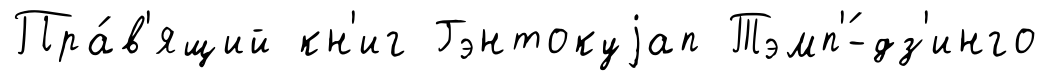
Пра́в'ящий кн'иг Гэнтокуjап Тэмп'́-дз'инго